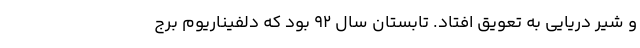
و شیر دریایی به تعویق افتاد. تابستان سال ۹۲ بود که دلفیناریوم برج